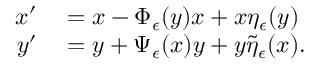
\begin{array} { r l } { x ^ { \prime } } & { { } = x - \Phi _ { \epsilon } ( y ) x + x \eta _ { \epsilon } ( y ) } \\ { y ^ { \prime } } & { { } = y + \Psi _ { \epsilon } ( x ) y + y \tilde { \eta } _ { \epsilon } ( x ) . } \end{array}